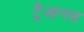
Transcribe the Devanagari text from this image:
ट्रैआनस